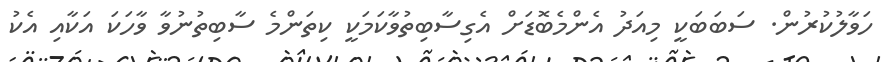
ހަވާލުކުރުން. ސަބަބަކީ މިއަދު އެންމެބޮޑަށް އެގިސާބިތުވާކަމަކީ ކިތަންމެ ސާބިތުނުވާ ވާހަކަ އަކާއި އެކު